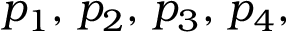
p _ { 1 } , \, p _ { 2 } , \, p _ { 3 } , \, p _ { 4 } ,